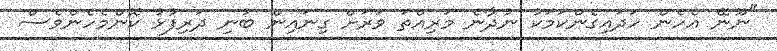
"ނޫނޭ އެހެން ހަދައިގެންކަމަކު ނުދާނެ މަރިއްތަ ވަރަށް ގިނައިން ބުނި ދަރިފުޅު ކޮންމެހެންވެސް